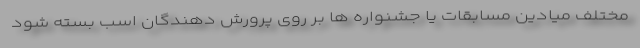
مختلف میادین مسابقات یا جشنواره ها بر روی پرورش دهندگان اسب بسته شود